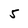
Character: 5